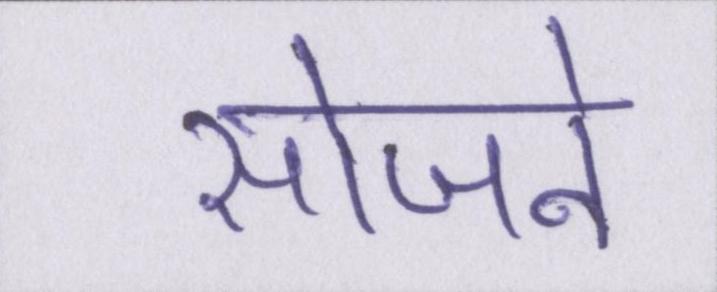
सोजने